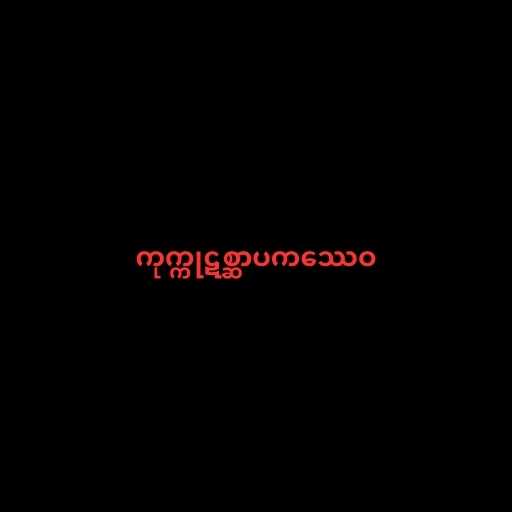
ကုက္ကုဋစ္ဆာပကဿေဝ